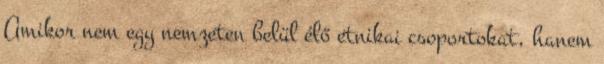
Amikor nem egy nemzeten belül élő etnikai csoportokat, hanem